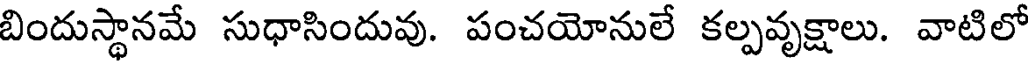
బిందుస్థానమే సుధాసిందువు. పంచయోనులే కల్పవృక్షాలు. వాటిలో